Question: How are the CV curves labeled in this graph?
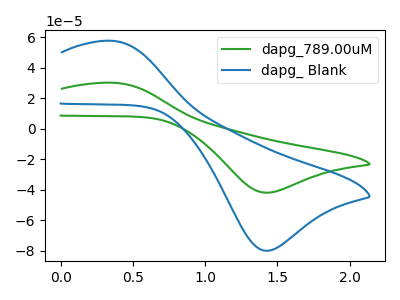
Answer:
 <answer>The green curve is labeled "dapg_789.00uM". The blue curve is labeled "dapg_ Blank".</answer>
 <eval></eval>